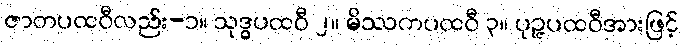
ဇာတပထဝီလည်း-၁။ သုဒ္ဓပထဝီ ၂။ မိဿကပထဝီ ၃။ ပုဉ္ဇပထဝီအားဖြင့်